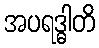
အပရဒ္ဓါတိ